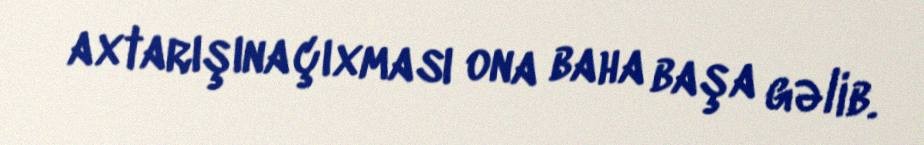
axtarışına çıxması ona baha başa gəlib.